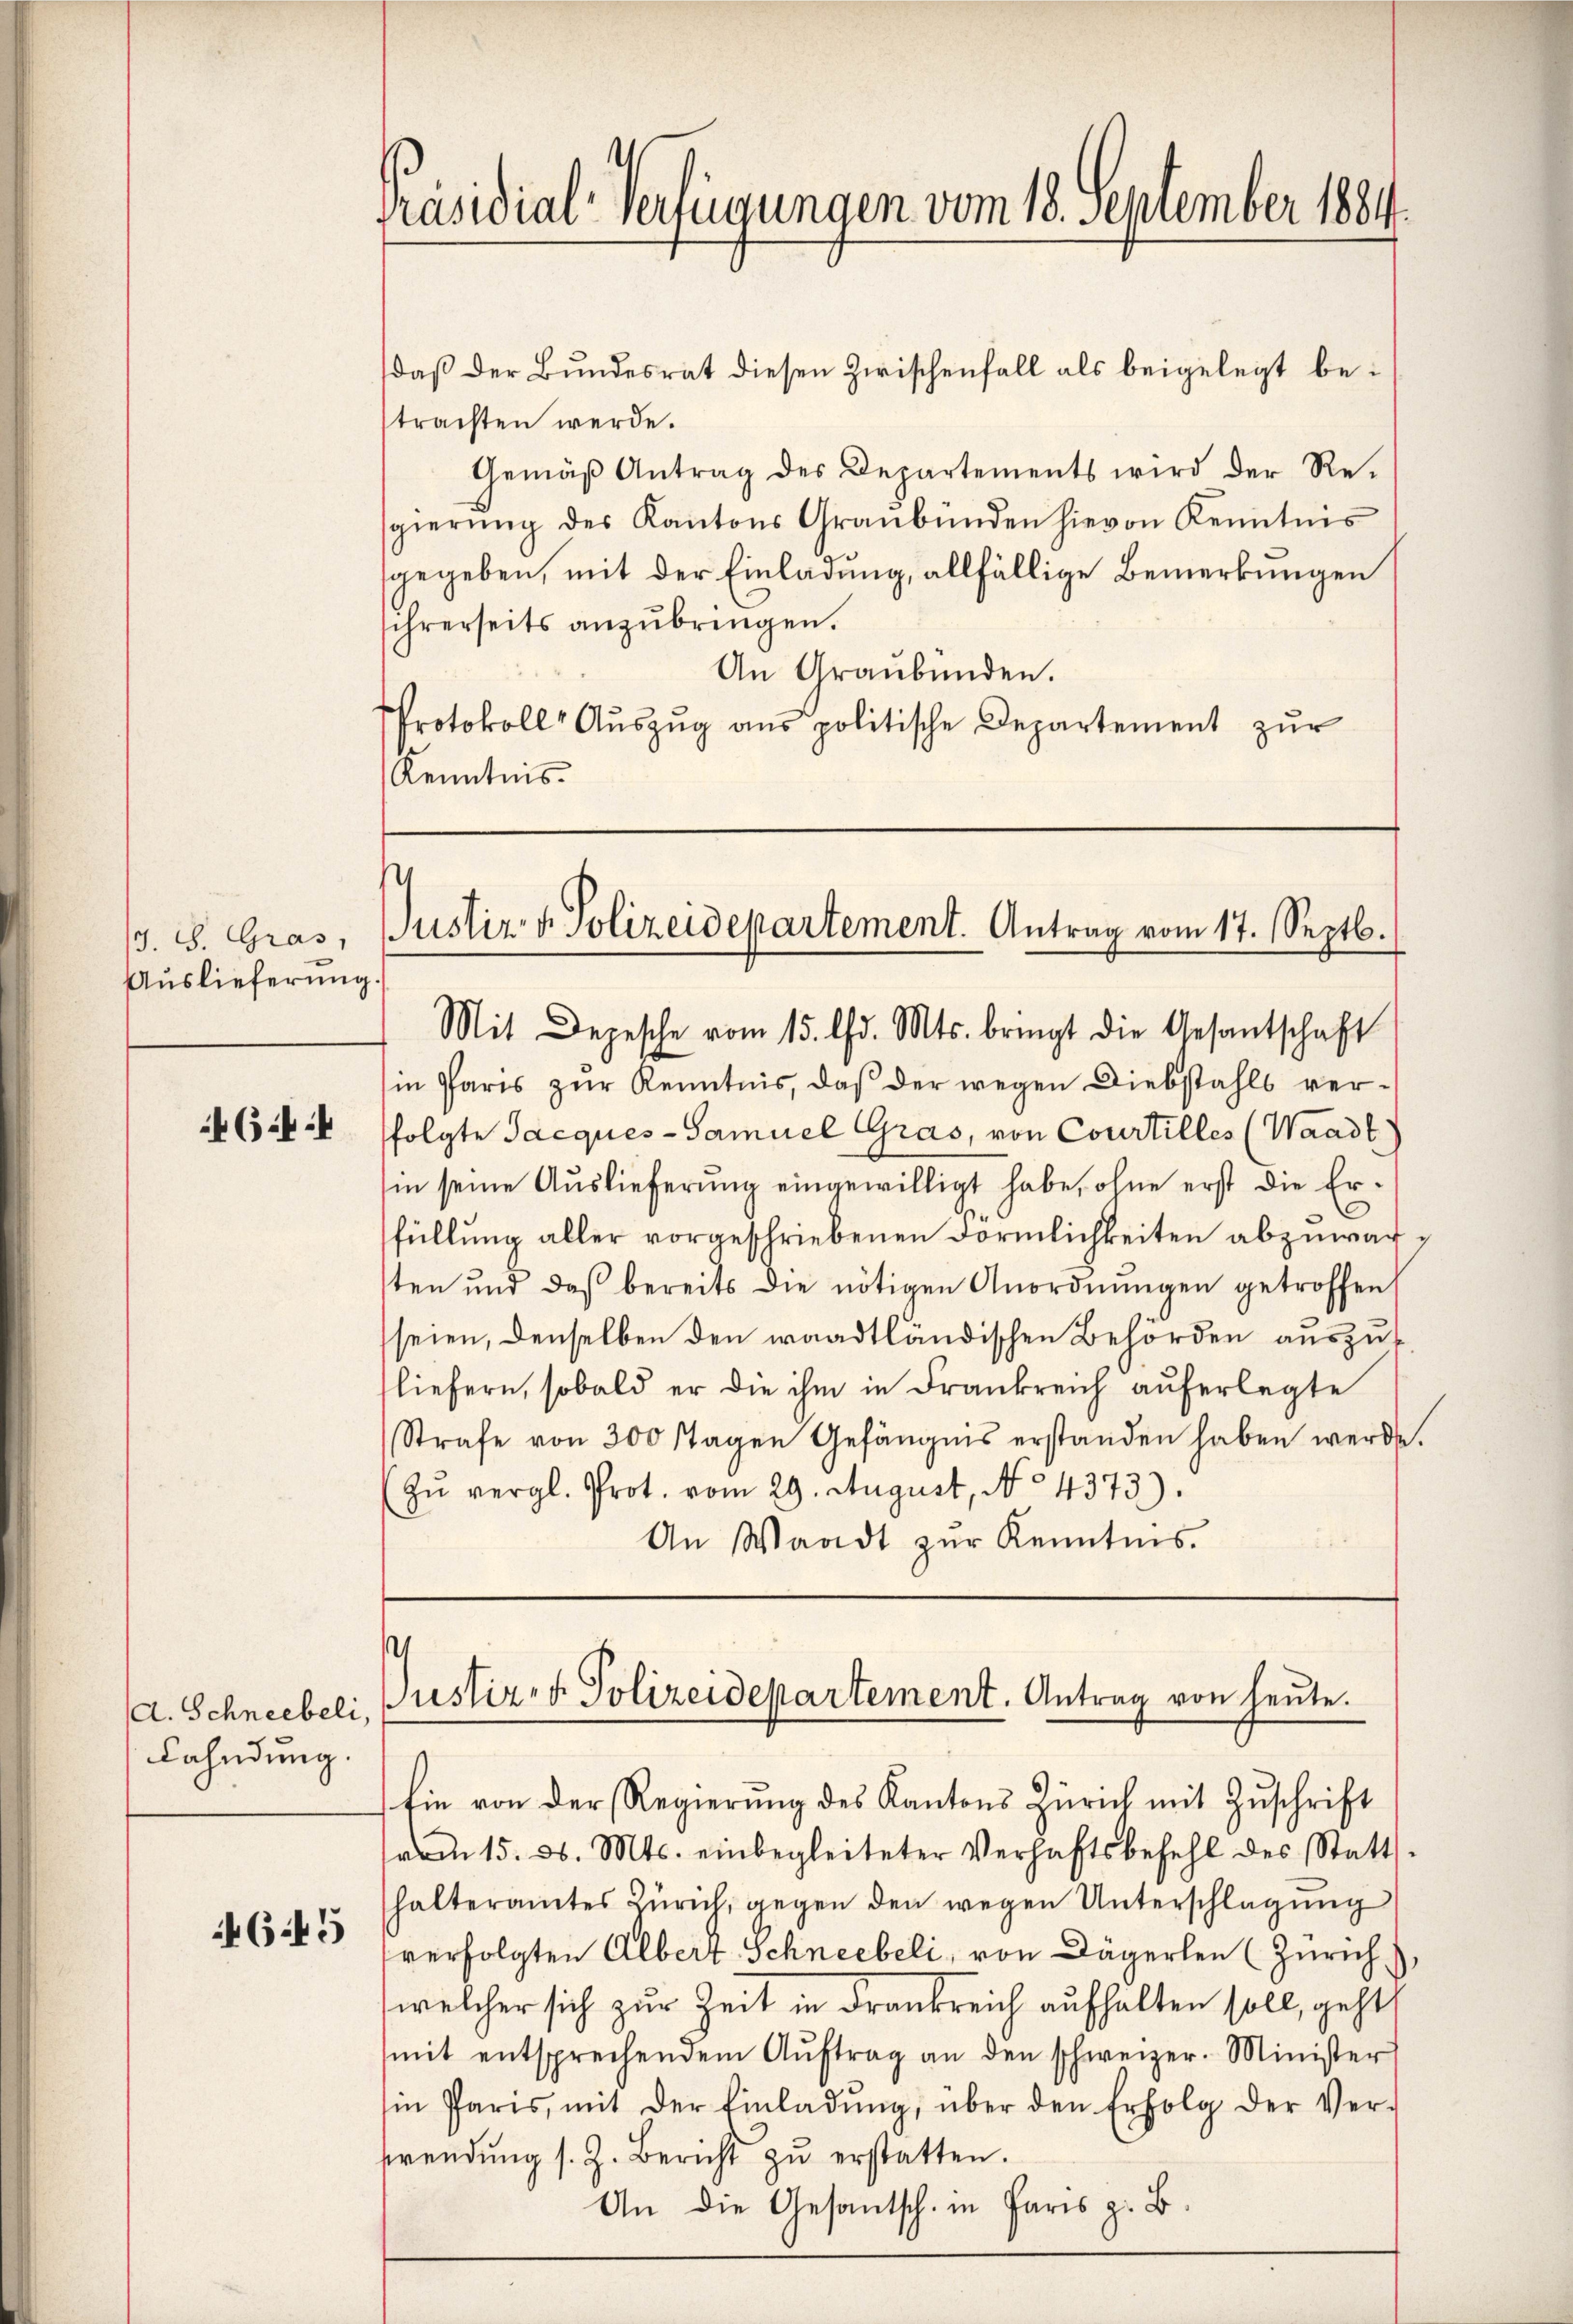
(s. S. Gras,
Auslieferung.

644

A. Schneebeli,
Fahndung.

4645

Präsidial-Verfügungen vom 18. September 1884.

daß der Bundesrat diesen Zwischenfall als beigelegt betrachten werde.
Gemäβ Antrag des Departements wird der Re-
gierŭng des Kantons Graubünden hievon Kenntnis
sgegeben, mit der Einladung, allfällige Bemerkungen
sihrerseits anzubringen.
An Graubünden.
Protokoll Aŭszŭg ans politische Departement zŭr
Kenntnis

s
Justiz- & Polizeidepartement. Antrag vom 17. Septb.

Mit Depesche vom 15. d. Mts. bringt die Gesantschaft
in Pfarrs zŭr Kenntnis, daß der wegen Diebstahls verfolgte Jacques-Samuel Gras, von Courtilles (Waadt
sin seine Auslieferung eingewilligt habe, ohne erst die Erfüllung aller vorgeschriebenen Förmlichkeiten abzuwarten und daß bereits die nötigen Anordnŭngen getroffen
seien, denselben den waadtländischen Behörden auszuliefern, sobald er die ihm in Frankreich auferlegte
Strafe von 300 stagen Gefängnis erstanden haben werde.
zŭ vergl. Prot. vom 29. August, No 4373).
An Waadt zur Kenntnis.

s
Justiz & Polizeidepartement. Antrag von heute.

fin von der Regierŭng des Kantons Zürich mit Zŭschrift
vom 15. d. Mts. einbegleiteter Verhaftsbefehl des Statt
halteramtes Zürich, gegen den wegen Unterschlagung
verfolgten Albert Schneebeli, von Dägerlen (Zürich
welcher sich zur Zeit in Frankreich aufhalten soll, geht,
mit entsprechendem Aŭftrag an den schweizer. Minister
in Paris, mit der Einladŭng, über den Erfolg der Ver-
wendŭng s. Z. Bericht zŭ erstatten.
An die Gesantsch. in Paris z. B.